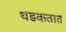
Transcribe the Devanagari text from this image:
थडकतात